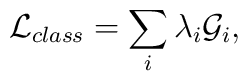
{\cal L}_{class}=\sum_i\lambda_i{\cal G}_i,